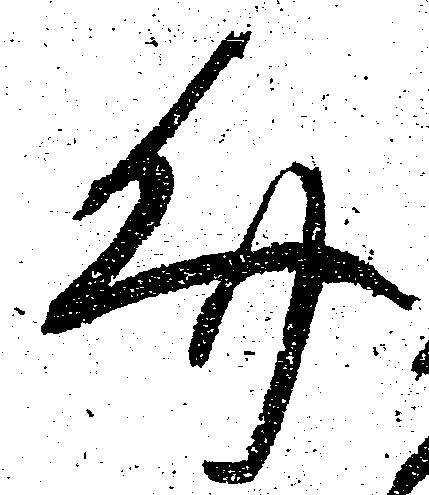
文